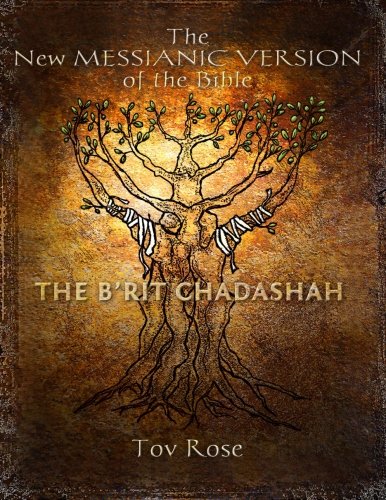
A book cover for The New Messianic Version of the Bible: The New Testament (Volume 4); Tov Rose; Christian Books & Bibles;